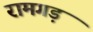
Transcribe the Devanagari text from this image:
रामगड़